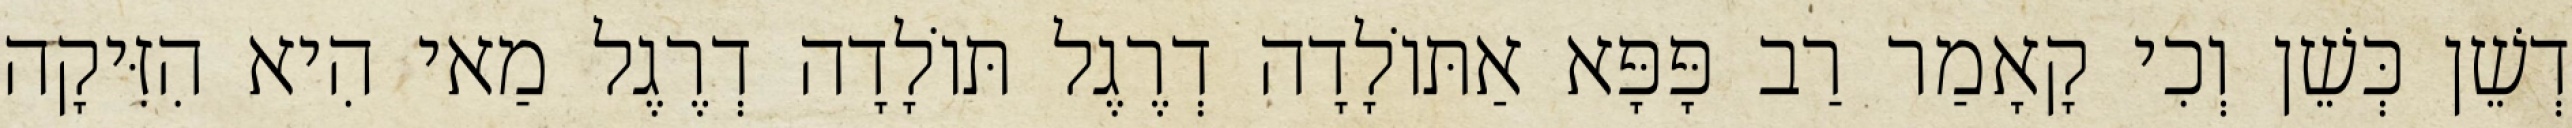
דְשֵׁן כְּשֵׁן וְכִי קָאָמַר רַב פָּפָּא אַתּוֹלָדָה דְרֶגֶל תּוֹלָדָה דְרֶגֶל מַאי הִיא הִזִּיקָה